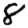
Digit: 8